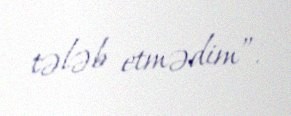
tələb etmədim”.